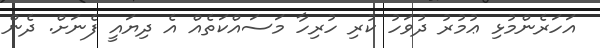
އަހަރެންމުޅި ޢުމުރު ދުވަހު ކުރި ހުރިހާ މަސައްކަތެއް އެ ދިޔައީ ފެނަށް. ދެން